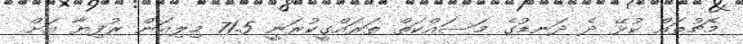
މެޗުތައް ކުޅޭ ދެ ދަނޑުގެ މަސައްކަތް ތަރައްގީކުރަނީ 71.5 މިލިއަން ރުފިޔާ އަށް